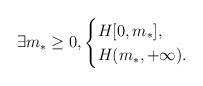
LaTeX: \begin{align*}\exists m_\ast\geq 0, \begin{cases}H[0,m_\ast],\\H(m_\ast,+\infty).\end{cases}\end{align*}